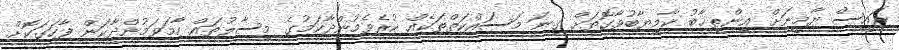
ރައީސް ޔާމީނަށް އިންތިޚާބު ކާމިޔާބުވާގޮތަށް ގިނަ މަސައްކަތްތަކެއް ކުރެވެމުންދާކަމުގެ މިސާލުތައް ހާމަވަމުންދާކަން ފާހަގަކޮށް